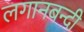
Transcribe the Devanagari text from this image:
लगानबन्दी